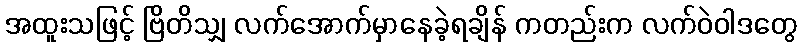
အထူးသဖြင့် ဗြိတိသျှ လက်အောက်မှာနေခဲ့ရချိန် ကတည်းက လက်ဝဲဝါဒတွေ